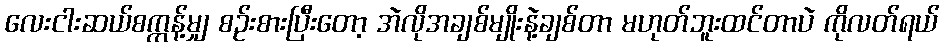
လေးငါးဆယ်စက္ကန့်မျှ စဉ်းစားပြီးတော့ အဲလိုအချစ်မျိုးနဲ့ချစ်တာ မဟုတ်ဘူးထင်တာပဲ ကိုလတ်ရယ်